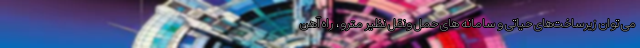
می توان زیرساخت‌های حیاتی و سامانه های حمل ونقل نظیر مترو، راه آهن